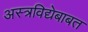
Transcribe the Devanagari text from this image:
अस्त्रविद्येबाबत